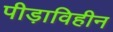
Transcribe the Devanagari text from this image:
पीड़ाविहीन